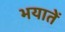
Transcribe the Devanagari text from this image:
भयातें